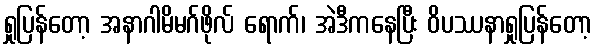
ရှုပြန်တော့ အနာဂါမိမဂ်ဖိုလ် ရောက်၊ အဲဒီကနေပြီး ဝိပဿနာရှုပြန်တော့